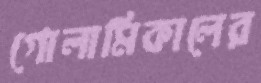
গোলামিকালের